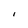
Character: l